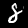
Digit: 8